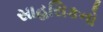
સાહસિકનો